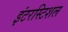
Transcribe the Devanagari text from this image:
इंटरस्टिशल